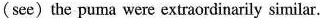
(see)the puma were extraordinarily similar.